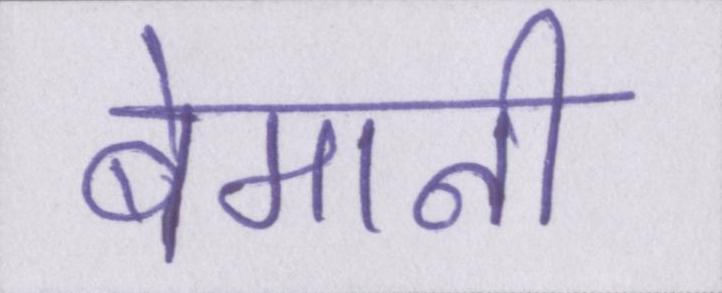
बेमानी